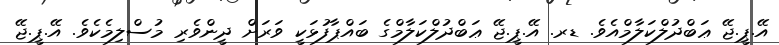
އޭ.ޕީ.ޖޭ ޢަބްދުލްކަލާމްއެވެ. ޑރ. އޭ.ޕީ.ޖޭ ޢަބްދުލްކަލާމްގެ ބައްޕާފުޅަކީ ވަރަށް ދީންވެރި މުސްލިމެކެވެ. އޭ.ޕީ.ޖޭ